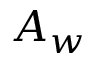
A _ { w }